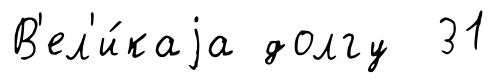
В'ел'и́каjа долгу 31